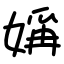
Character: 㛵